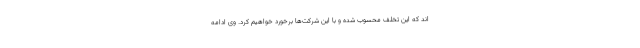
اند که این تخلف محسوب شده و با این شرکت‌ها برخورد خواهیم کرد. وی ادامه